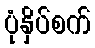
ပုံနှိပ်စက်